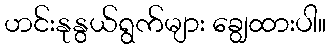
ဟင်းနုနွယ်ရွက်များ ချွေထားပါ။